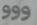
ووو